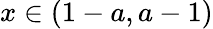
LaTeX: x\in(1-a,a-1)